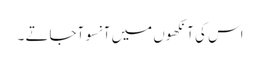
اس کی آنکھوں میں آنسو آجاتے ۔